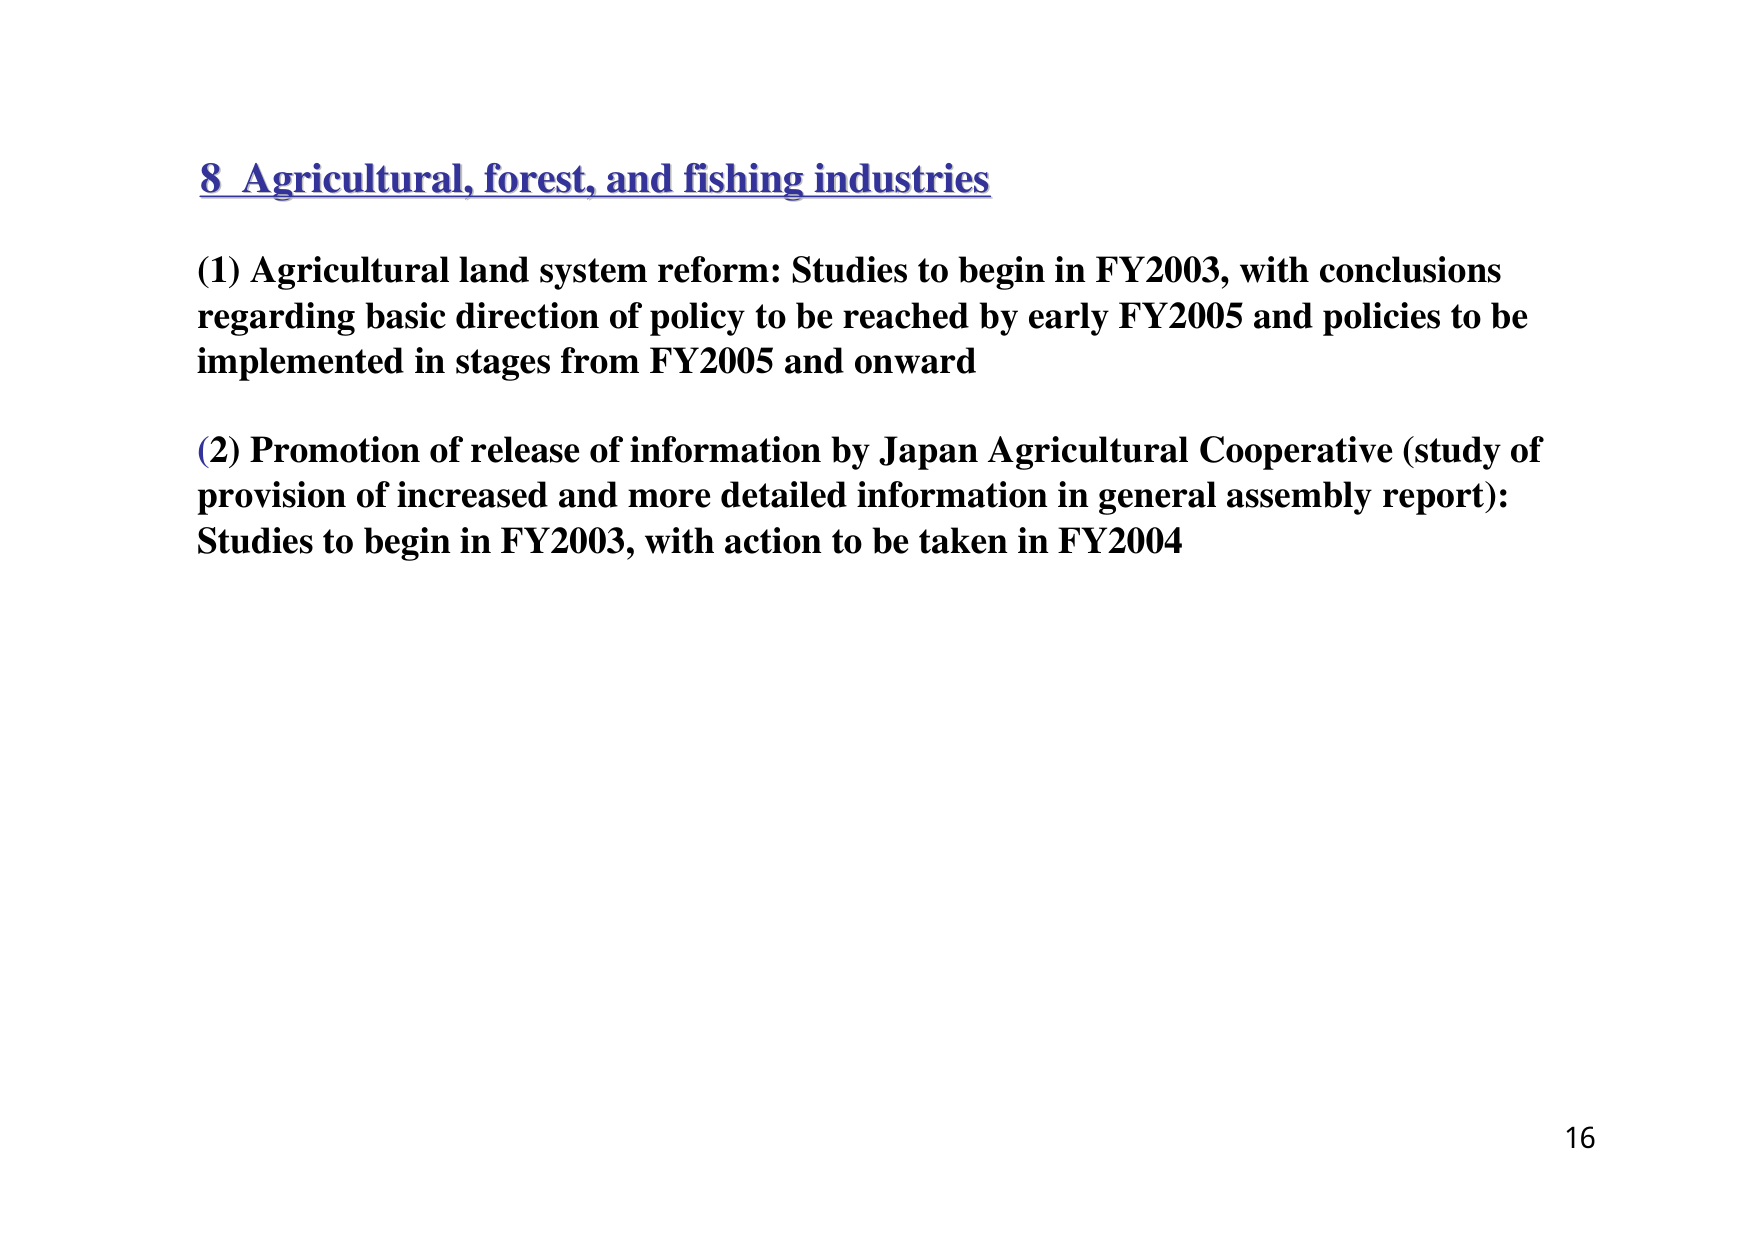
8 Agricultural, forest, and fishing industries

(1) Agricultural land system reform: Studies to begin in FY2003, with conclusions regarding basic direction of policy to be reached by early FY2005 and policies to be implemented in stages from FY2005 and onward

(2) Promotion of release of information by Japan Agricultural Cooperative (study of provision of increased and more detailed information in general assembly report): Studies to begin in FY2003, with action to be taken in FY2004

16